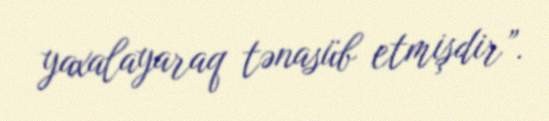
yaxalayaraq tənasüb etmişdir”.